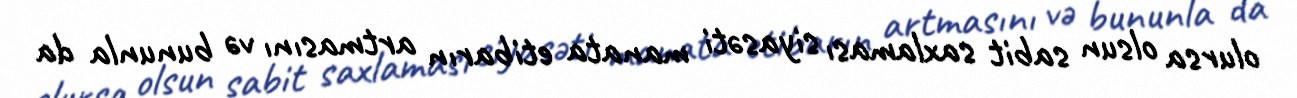
olursa olsun sabit saxlaması siyasəti manata etibarın artmasını və bununla da